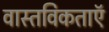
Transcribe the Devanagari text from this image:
वास्तविकताएॅ